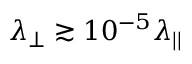
\lambda _ { \perp } \gtrsim 1 0 ^ { - 5 } \lambda _ { | | }